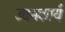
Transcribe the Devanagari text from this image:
उत्तमकार्य